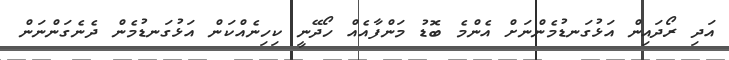
އަދި ރޯދައިން އަޅުގަނޑުމެންނަށް އެންމެ ބޮޑު މަންފާއެއް ހޯދޭނީ ކިހިނެއްކަން އަޅުގަނޑުމެން ދެނެގަންނަން